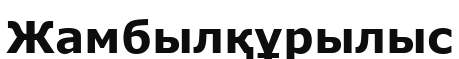
Жамбылқұрылыс